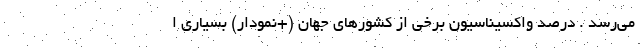
می‌رسد . درصد واکسیناسیون برخی از کشورهای جهان (+نمودار) بسیاری ا